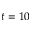
t = 1 0